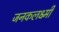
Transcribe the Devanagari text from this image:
जनकलक्ष्मी